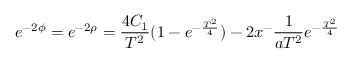
e ^ { - 2 \phi } = e ^ { - 2 \rho } = \frac { 4 C _ { 1 } } { T ^ { 2 } } ( 1 - e ^ { - \frac { T ^ { 2 } } { 4 } } ) - 2 x ^ { - } \frac { 1 } { a T ^ { 2 } } e ^ { - \frac { T ^ { 2 } } { 4 } }